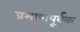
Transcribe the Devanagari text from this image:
प्रमाणपूर्वक